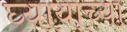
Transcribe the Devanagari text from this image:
घ्यायाच्या